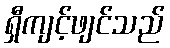
ရှီကျင့်ဖျင်သည်